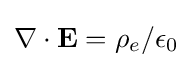
\nabla \cdot \mathbf {E} =\rho _{e}/\epsilon _{0}